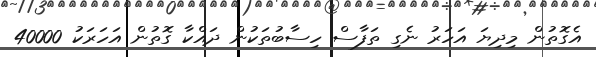
އެގޮތުން މިދިޔަ އަހަރު ނެގި ތަފާސް ހިސާބުތަކުން ދައްކާ ގޮތުން އަހަރަކު 40000